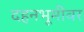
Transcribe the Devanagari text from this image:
दहनभूमीवर